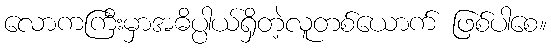
လောကကြီးမှာအဓိပ္ပါယ်ရှိတဲ့လူတစ်ယောက် ဖြစ်ပါစေ။